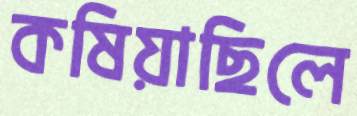
কষিয়াছিলে